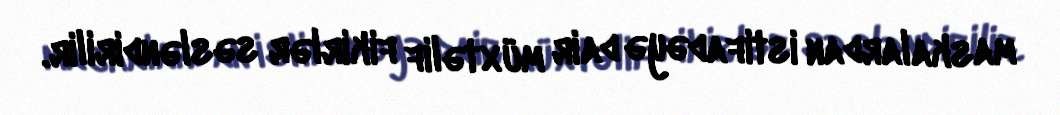
maskalardan istifadəyə dair müxtəlif fikirlər səsləndirilir.